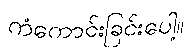
ကံကောင်းခြင်းပေါ့။